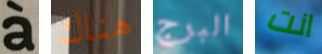
a هناك البرج انت